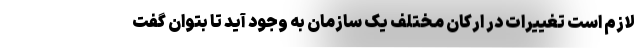
لازم است تغییرات در ارکان مختلف یک سازمان به وجود آید تا بتوان گفت